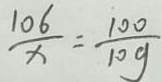
\frac { 1 0 6 } { x } = \frac { 1 0 0 } { 1 0 g }